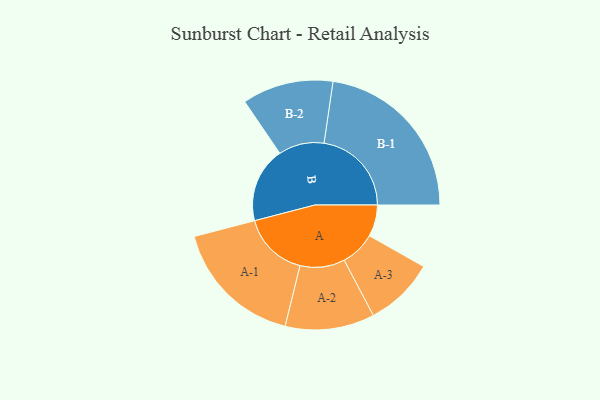
{"axis": {"x": "Segment", "y": "Value"}, "legend": ["", "A", "B"], "data": [{"x": "A", "y": 104, "type": ""}, {"x": "B", "y": 248, "type": ""}, {"x": "A-1", "y": 217, "type": "A"}, {"x": "A-2", "y": 147, "type": "A"}, {"x": "A-3", "y": 115, "type": "A"}, {"x": "B-1", "y": 288, "type": "B"}, {"x": "B-2", "y": 150, "type": "B"}]}